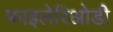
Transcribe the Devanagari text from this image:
फाइलेरिओडी